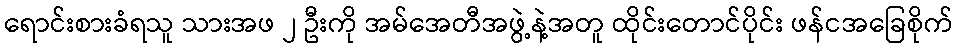
ရောင်းစားခံရသူ သားအဖ ၂ ဦးကို အမ်အေတီအဖွဲ့နဲ့အတူ ထိုင်းတောင်ပိုင်း ဖန်ငအခြေစိုက်